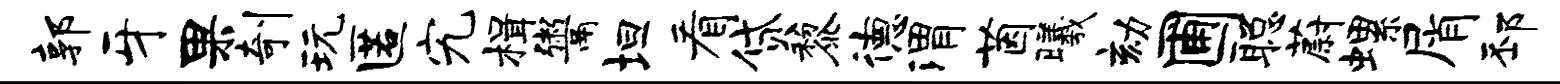
郭牙果剞玩匿究楫鬻坦看贷黎德渭茵曦劾圃聪蔚螺屑邳